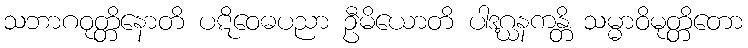
သဘာဂဝုတ္တိနောတိ ပဋိဝေဓပညာ ဦမိယောတိ ပါဒဂ္ဃနကန္တိ သမ္မာဝိမုတ္တိတော